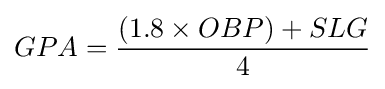
GPA={(1.8\times OBP)+SLG \over 4}